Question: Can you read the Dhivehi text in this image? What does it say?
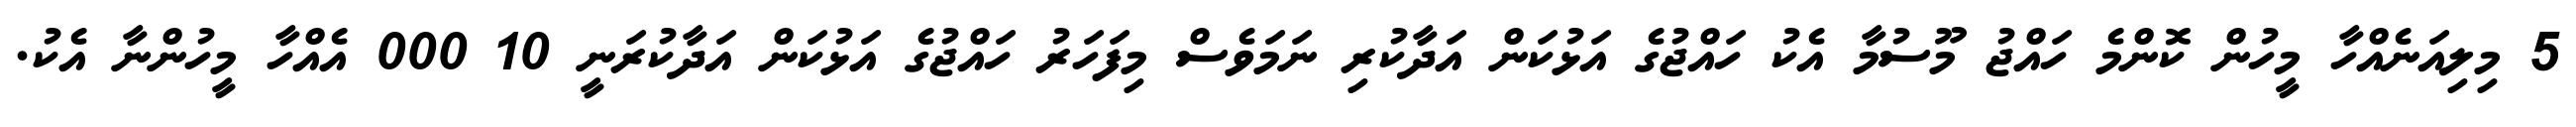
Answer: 5 މިލިއަނެއްހާ މީހުން ކޮންމެ ހައްޖު މޫސުމާ އެކު ހައްޖުގެ އަޅުކަން އަދާކުރި ނަމަވެސް މިފަހަރު ހައްޖުގެ އަޅުކަން އަދާކުރަނީ 10 000 އެއްހާ މީހުންނާ އެކު.